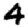
Digit: 4